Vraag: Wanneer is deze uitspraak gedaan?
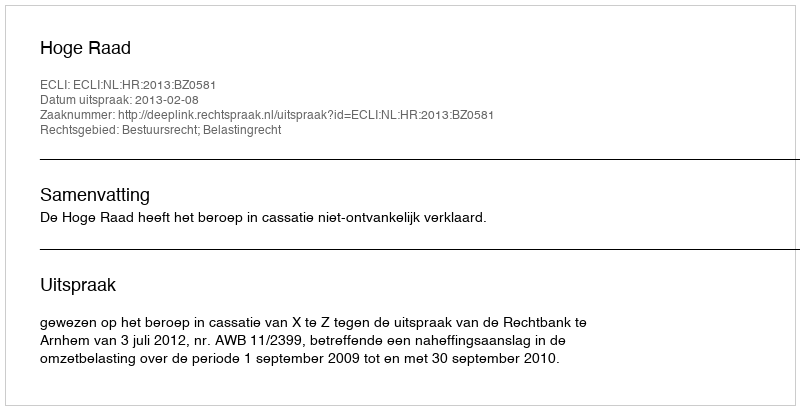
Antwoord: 2013-02-08